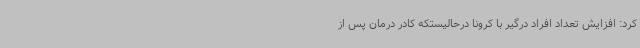
کرد: افزایش تعداد افراد درگیر با کرونا درحالیستکه کادر درمان پس از